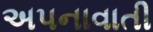
અપનાવાતી